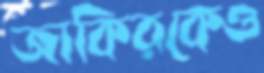
জাকিরকেও